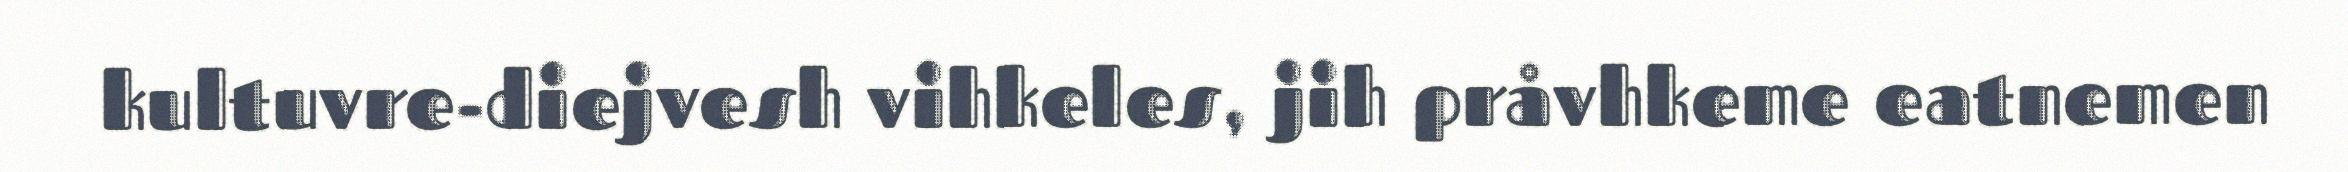
kultuvre-diejvesh vihkeles, jih pråvhkeme eatnemen